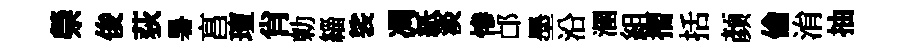
禜俊荻暑亯璮肖勅緇裟凋紙淡慘邙墨沿溷組摺括颜倫㳙抽